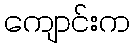
ကျောင်းက